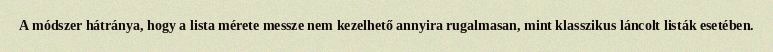
A módszer hátránya, hogy a lista mérete messze nem kezelhető annyira rugalmasan, mint klasszikus láncolt listák esetében.